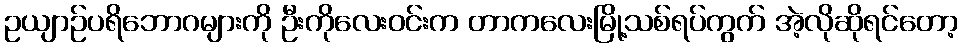
ဥယျာဉ်ပရိဘောဂများကို ဦးကိုလေးဝင်းက တာကလေးမြို့သစ်ရပ်ကွက် အဲ့လိုဆိုရင်တော့